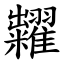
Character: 糶